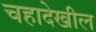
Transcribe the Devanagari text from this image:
चहादेखील